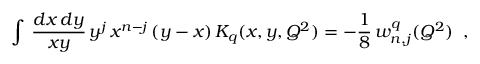
\int \, { \frac { d x \, d y } { x y } } \, y ^ { j } \, x ^ { n - j } \, ( y - x ) \, K _ { q } ( x , y , Q ^ { 2 } ) = - { \frac { 1 } { 8 } } \, w _ { n , j } ^ { q } ( Q ^ { 2 } ) \; \; ,